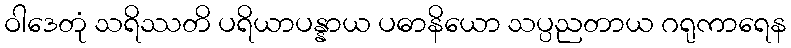
ဝါဒေတုံ သရိဿတိ ပရိယာပန္နာယ ပဓာနိယော သပ္ပညတာယ ဂရုကာရေန